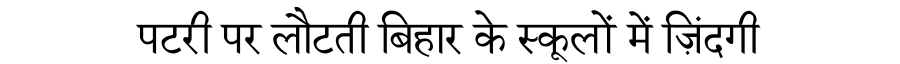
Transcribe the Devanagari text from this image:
पटरी पर लौटती बिहार के स्कूलों में ज़िंदगी